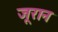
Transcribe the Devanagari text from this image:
जूरान